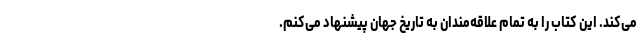
می‌کند. این کتاب را به تمام علاقه‌مندان به تاریخ جهان پیشنهاد می‌کنم.